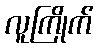
လူကြိုက်